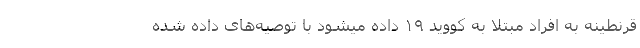
قرنطینه به افراد مبتلا به کووید ۱۹ داده میشود با توصیه‌های داده شده